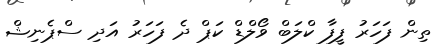
ތިން ފަހަރު ފީފާ ކްލަބް ވޯލްޑް ކަޕް ދެ ފަހަރު އަދި ސްޕެނިޝް